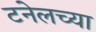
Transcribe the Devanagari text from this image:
टनेलच्या